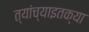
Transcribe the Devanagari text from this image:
त्यांच्याइतक्या